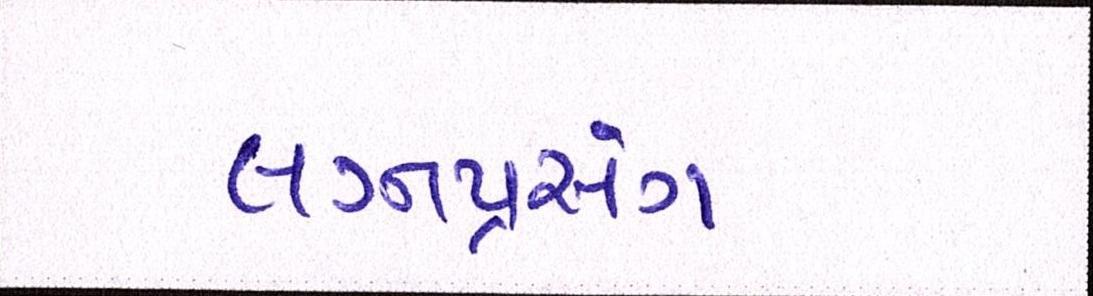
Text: લગ્નપ્રસંગ